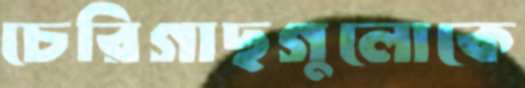
চেরিগাছগুলোকে